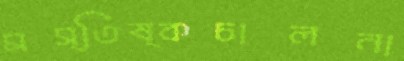
মস্তিষ্কচালনা